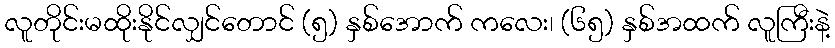
လူတိုင်းမထိုးနိုင်လျှင်တောင် (၅) နှစ်အောက် ကလေး၊ (၆၅) နှစ်အထက် လူကြီးနဲ့